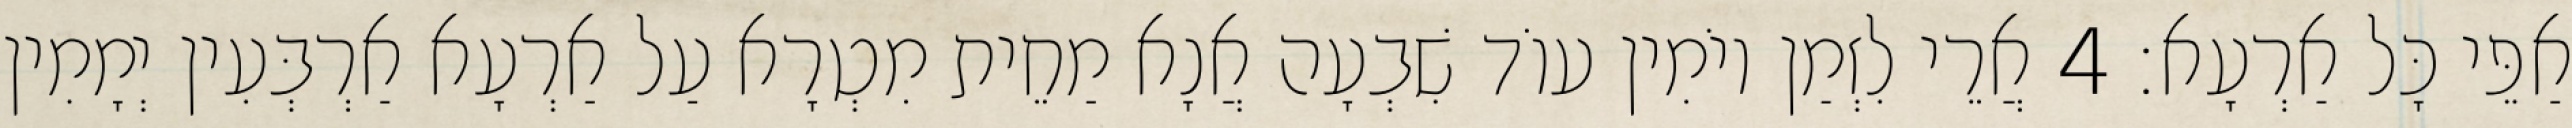
אַפֵּי כָּל אַרְעָא׃ 4 אֲרֵי לִזְמַן יוֹמִין עוֹד שִׁבְעָה אֲנָא מַחֵית מִטְרָא עַל אַרְעָא אַרְבְּעִין יְמָמִין